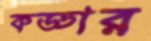
কড্ডার